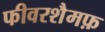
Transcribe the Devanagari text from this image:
फीवरशैमफ़